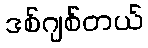
ဒစ်ဂျစ်တယ်